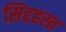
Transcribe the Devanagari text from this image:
सिद्दहस्त